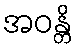
အဝန္တိ